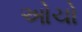
ઓચો